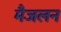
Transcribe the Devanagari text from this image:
मैजलन